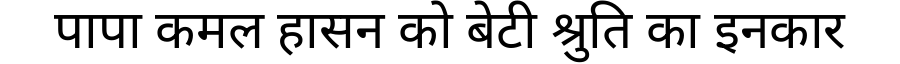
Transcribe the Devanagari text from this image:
पापा कमल हासन को बेटी श्रुति का इनकार